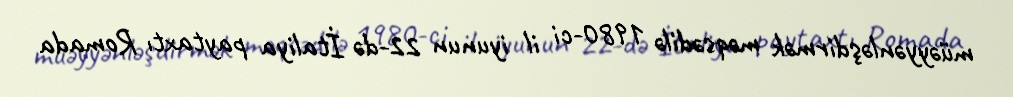
müəyyənləşdirmək məqsədilə 1980-ci il iyunun 22-də İtaliya paytaxtı Romada